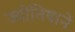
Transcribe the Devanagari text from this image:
ज्योतिषाने